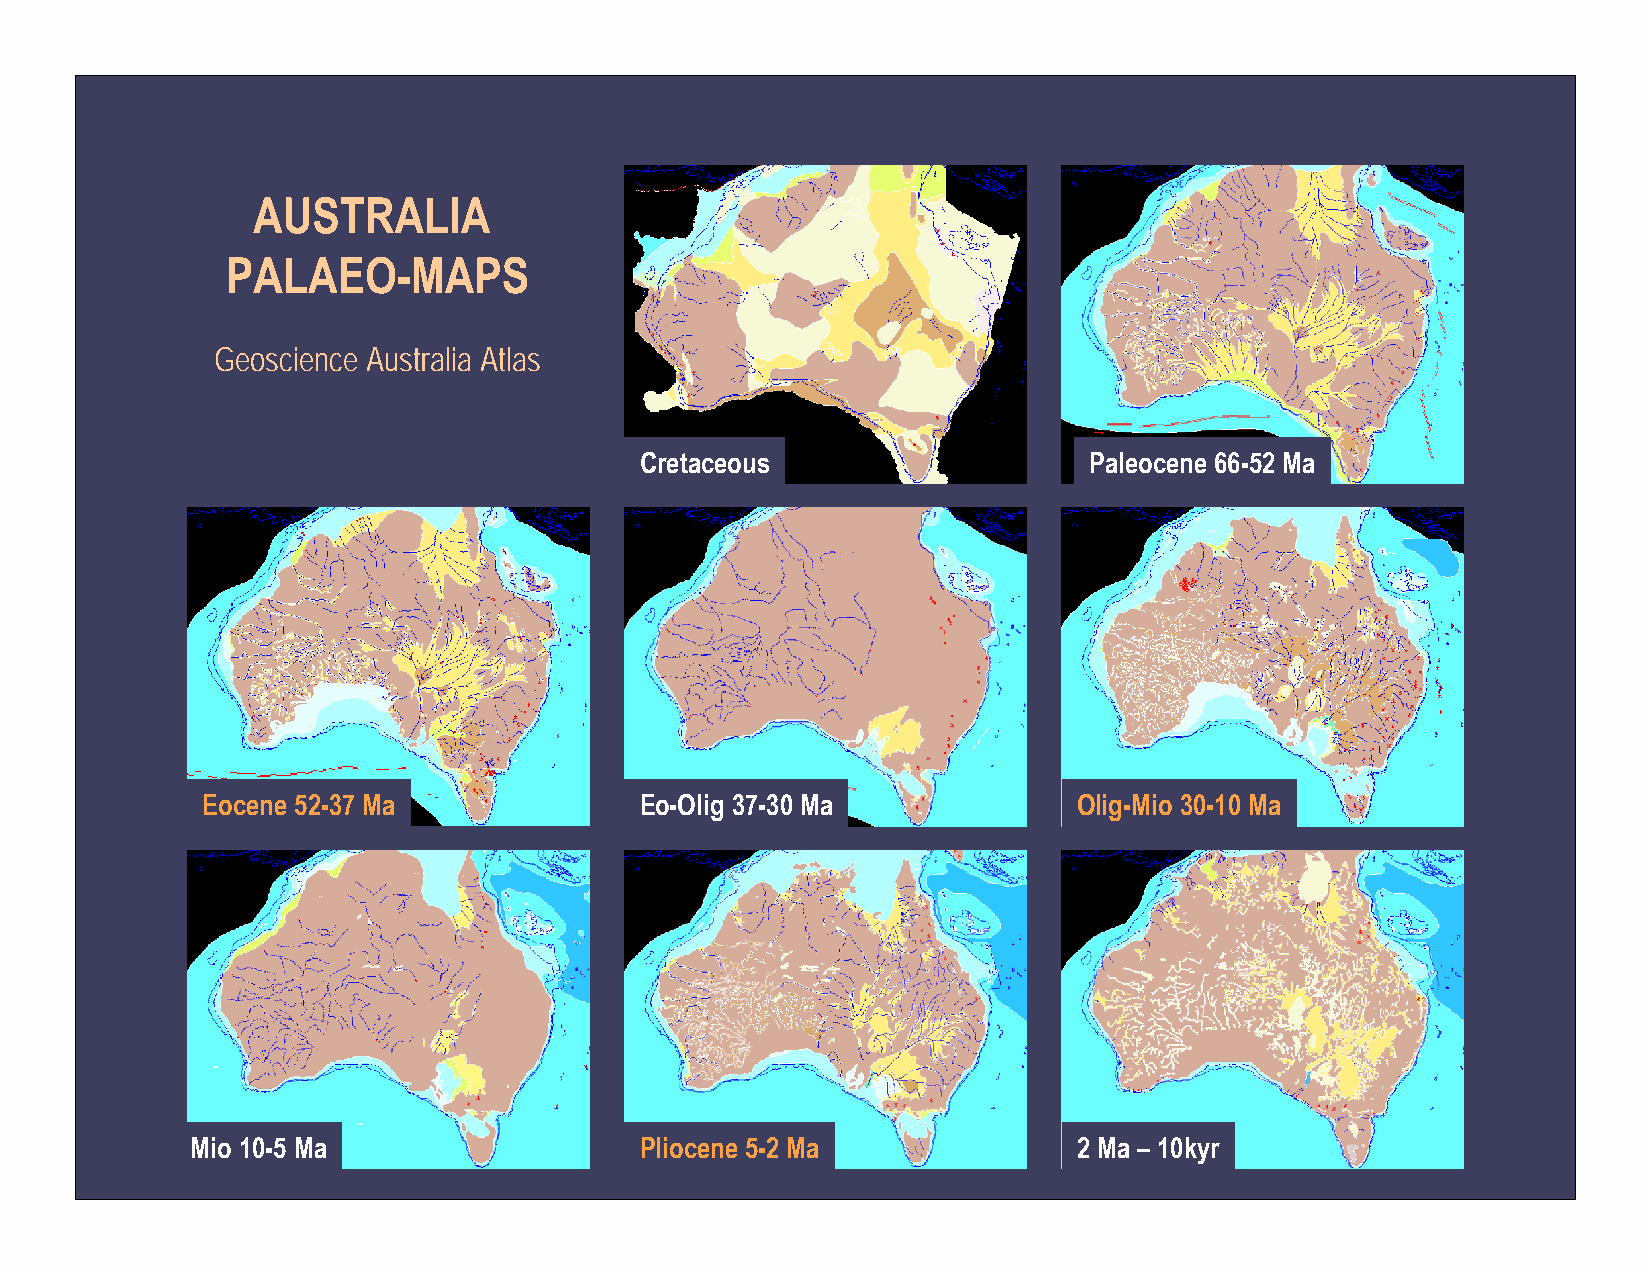
AUSTRALIA
 PALAEO-MAPS
 Geoscience Australia Atlas
 Cretaceous                    Paleocene 66-52 Ma
 Eocene 52-37 Ma              Eo-Olig 37-30 Ma             Olig-Mio 30-10 Ma
 Mio 10-5 Ma                  Pliocene 5-2 Ma              2 Ma – 10kyr